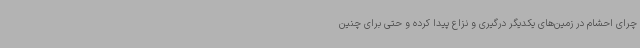
چرای احشام در زمین‌های یکدیگر درگیری و نزاع پیدا کرده و حتی برای چنین